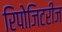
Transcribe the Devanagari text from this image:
रिपोजिटरीज